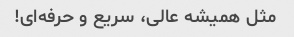
مثل همیشه عالی، سریع و حرفه‌ای!